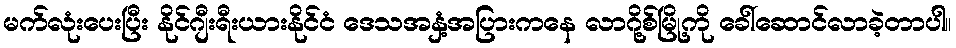
မက်လုံးပေးပြီး နိုင်ဂျီးရီးယားနိုင်ငံ ဒေသအနှံ့အပြားကနေ လာဂို့စ်မြို့ကို ခေါ်ဆောင်လာခဲ့တာပါ။